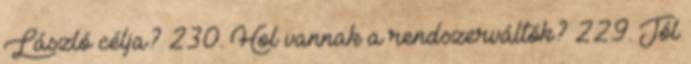
László célja? 230. Hol vannak a rendszerváltók? 229. Jól